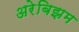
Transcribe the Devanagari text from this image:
अरेबिझम